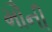
મૌની